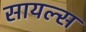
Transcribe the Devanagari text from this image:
सायल्स